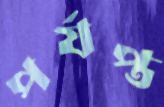
পর্যপ্ত